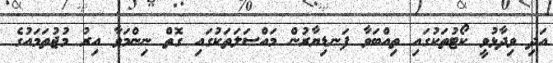
އަދި ވިދާޅުވީ ކޯޓުތަކުގައި ތިއްބަވާ ފަނޑިޔާރުން މައްސަލަތަކުގައި ގޮތް ނިންމަވާ އިރު މުޖުތަމައުގެ